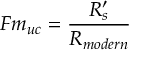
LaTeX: F m _ { u c } = { \frac { R _ { s } ^ { \prime } } { R _ { m o d e r n } } }